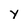
Character: y